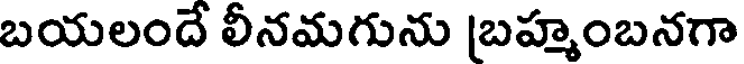
బయలందే లీనమగును బహ్మంబనగా